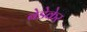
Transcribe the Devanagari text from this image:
बेडेकेर